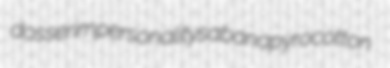
dosser impersonality sabana pyrocotton